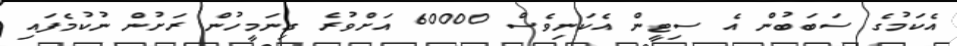
އެކަމުގެ ސަބަބުން އެ ސިޓީން އެކަނިވެސް 60000 އަށްވުރެ ގިނަމީހުން ރަށުން ނުކުމެފައި